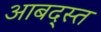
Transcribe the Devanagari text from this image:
आबद्स्त